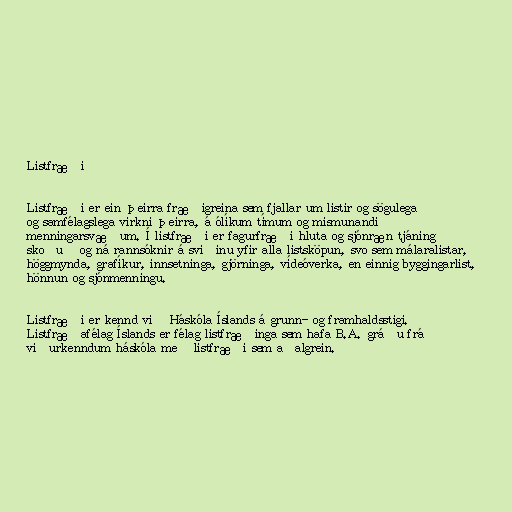
Listfræði

Listfræði er ein þeirra fræðigreina sem fjallar um listir og sögulega
og samfélagslega virkni þeirra, á ólíkum tímum og mismunandi
menningarsvæðum. Í listfræði er fagurfræði hluta og sjónræn tjáning
skoðuð og ná rannsóknir á sviðinu yfir alla listsköpun, svo sem málaralistar,
höggmynda, grafíkur, innsetninga, gjörninga, vídeóverka, en einnig byggingarlist,
hönnun og sjónmenningu.

Listfræði er kennd við Háskóla Íslands á grunn- og framhaldsstigi.
Listfræðafélag Íslands er félag listfræðinga sem hafa B.A. gráðu frá
viðurkenndum háskóla með listfræði sem aðalgrein.